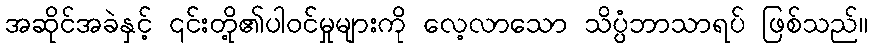
အဆိုင်အခဲနှင့် ၎င်းတို့၏ပါဝင်မှုများကို လေ့လာသော သိပ္ပံဘာသာရပ် ဖြစ်သည်။